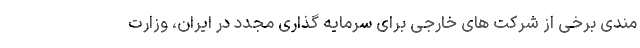
مندی برخی از شرکت های خارجی برای سرمایه گذاری مجدد در ایران، وزارت